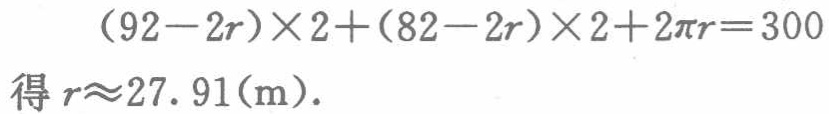
\((92 - 2r)\times2+(82 - 2r)\times2 + 2\pi r = 300\)
得 \(r\approx27.91(\text{m})\).